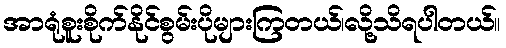
အာရုံစူးစိုက်နိုင်စွမ်းပိုများကြတယ်၊လို့သိရပါတယ်။